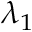
\lambda _ { 1 }